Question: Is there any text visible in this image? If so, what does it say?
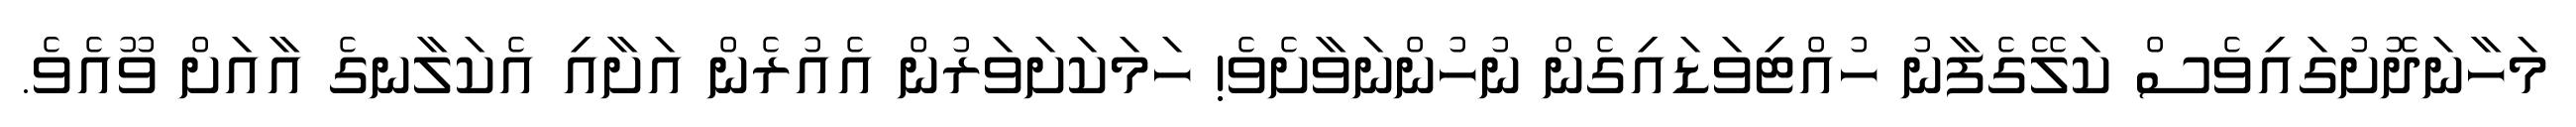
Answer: މަހާނަދޮށުގައިވެސް ކަލޭގެފާނު ހުއްޓިވަޑައިގެން ނުހުންނަވާށެވެ! ހަމަކަށަވަރުން އެއުރެން އަށާއި އެކަލާނގެ އާއަށް ވޫއެވެ.